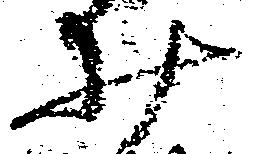
井